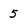
Character: 5